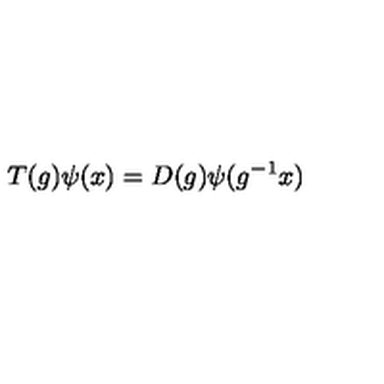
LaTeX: T ( g ) \psi ( x ) = D ( g ) \psi ( g ^ { - 1 } x )